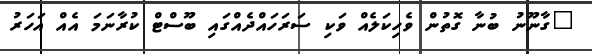
"ގާނޫނު ބުނާ ގޮތުން ވެހިކަލެއް ވަކި ސަރަހައްދެއްގައި ބޫސްޓް ކުރާނަމަ އެއް އަހަރު